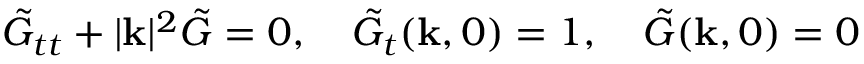
\tilde { G } _ { t t } + | \mathbf { k } | ^ { 2 } \tilde { G } = 0 , \quad \tilde { G } _ { t } ( \mathbf { k } , 0 ) = 1 , \quad \tilde { G } ( \mathbf { k } , 0 ) = 0